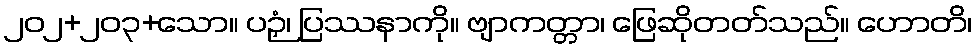
၂၀၂+၂၀၃+သော။ ပဉှံ၊ ပြဿနာကို။ ဗျာကတ္တာ၊ ဖြေဆိုတတ်သည်။ ဟောတိ၊